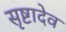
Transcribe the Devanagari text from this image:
सृष्टादेव